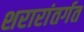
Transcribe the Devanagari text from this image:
शरारांतर्गत